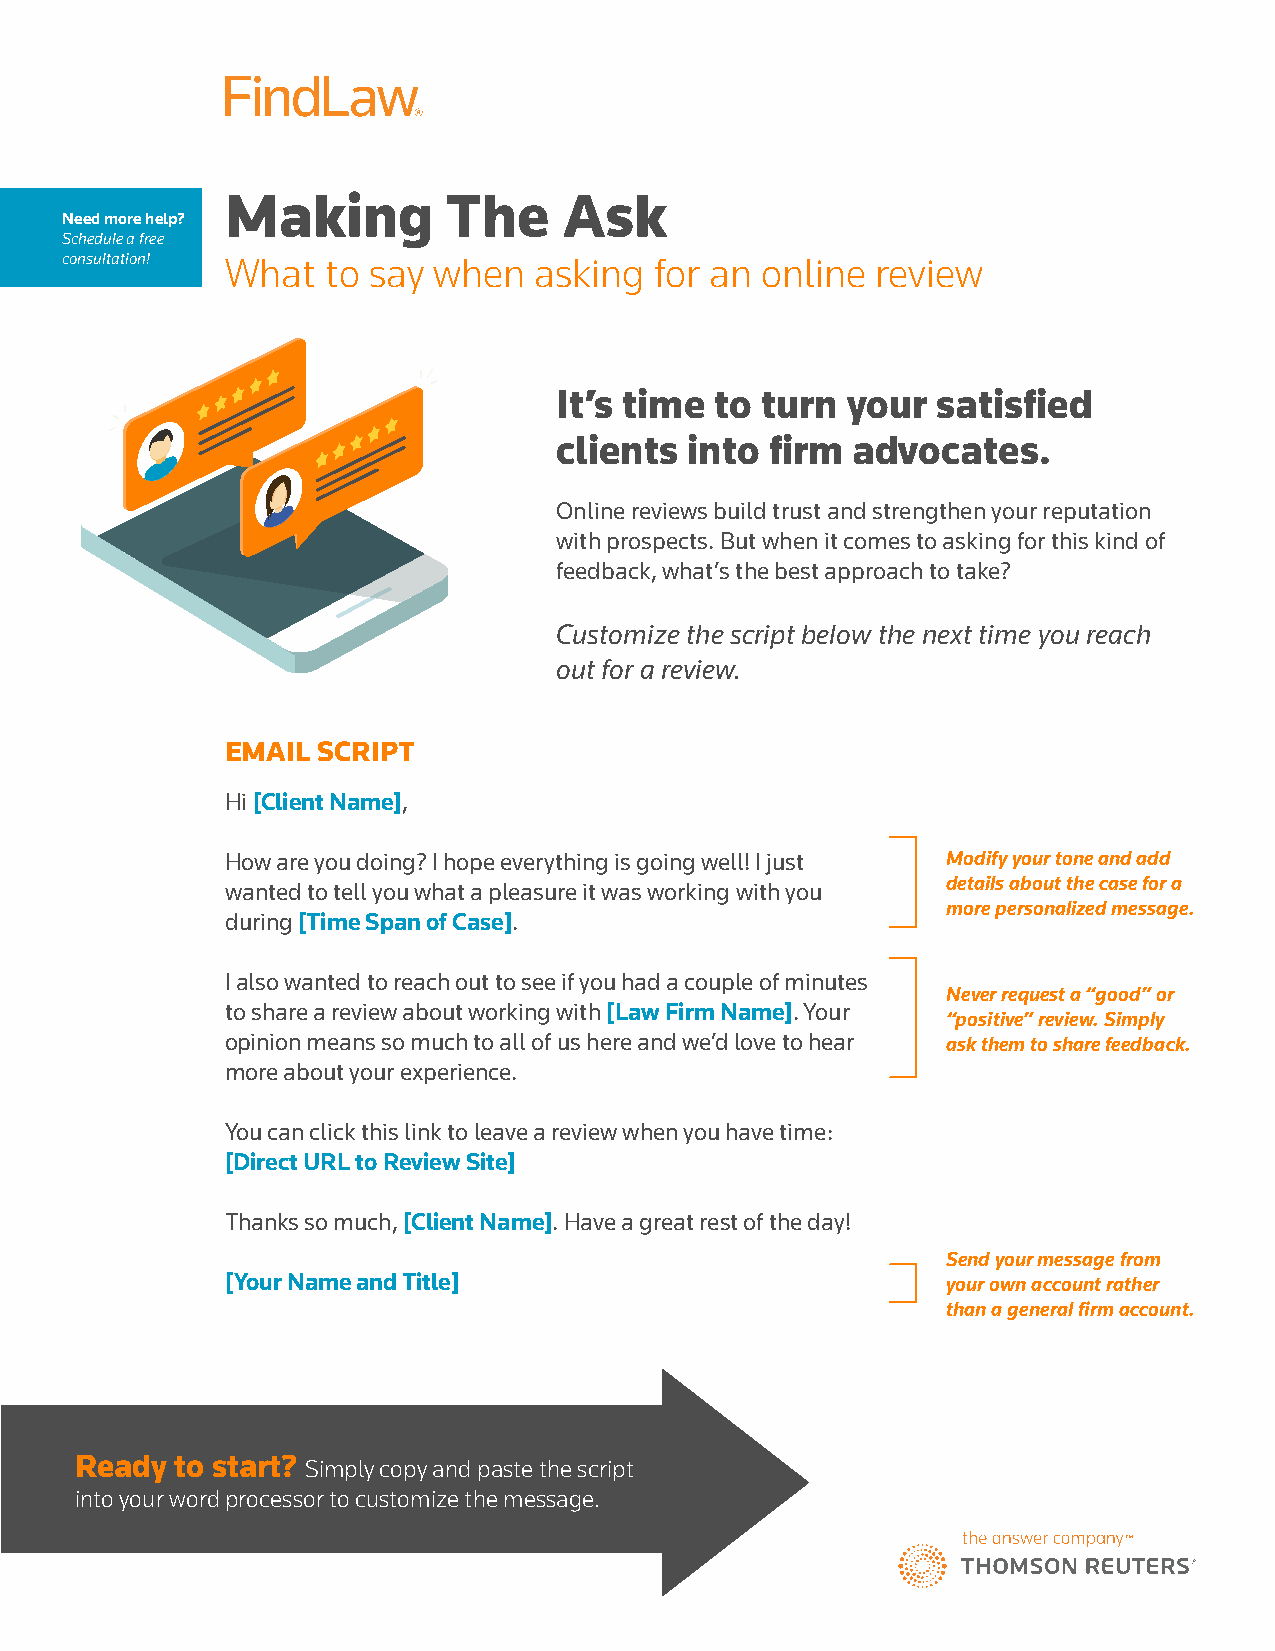
Making         The    Ask
 Need more help?
 Schedule a free
 consultation! What to say when asking  for an online  review
 It’s time to turn  your  satisfied
 clients  into firm advocates.
 Online reviews build trust and strengthen your reputation
 with prospects. But when it comes to asking for this kind of
 feedback, what’s the best approach to take?
 Customize the script below the next time you reach
 out for a review.
 EMAIL SCRIPT
 Hi [Client Name],
 How are you doing? I hope everything is going well! I just Modify your tone and add
 details about the case for a
 wanted to tell you what a pleasure it was working with you
 more personalized message.
 during [Time Span of Case].
 I also wanted to reach out to see if you had a couple of minutes
 Never request a “good” or
 to share a review about working with [Law Firm Name]. Your
 “positive” review. Simply
 opinion means so much to all of us here and we’d love to hear ask them to share feedback.
 more about your experience.
 You can click this link to leave a review when you have time:
 [Direct URL to Review Site]
 Thanks so much, [Client Name]. Have a great rest of the day!
 Send your message from
 [Your Name and Title]                           your own account rather
 than a general firm account.
 Ready  to start? Simply copy and paste the script
 into your word processor to customize the message.